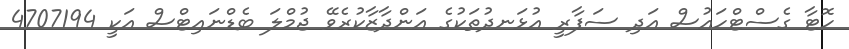
ހޮޓާ ގެސްޓްހައުސް އަދި ސަފާރީ އުޅަނދުތަކުގެ އަންދާޒާކުރެވޭ ޖުމްލަ ބެޑްނައިޓްސް އަކީ 4707194